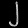
Digit: ၂